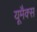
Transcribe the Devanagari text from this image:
यूमैक्स